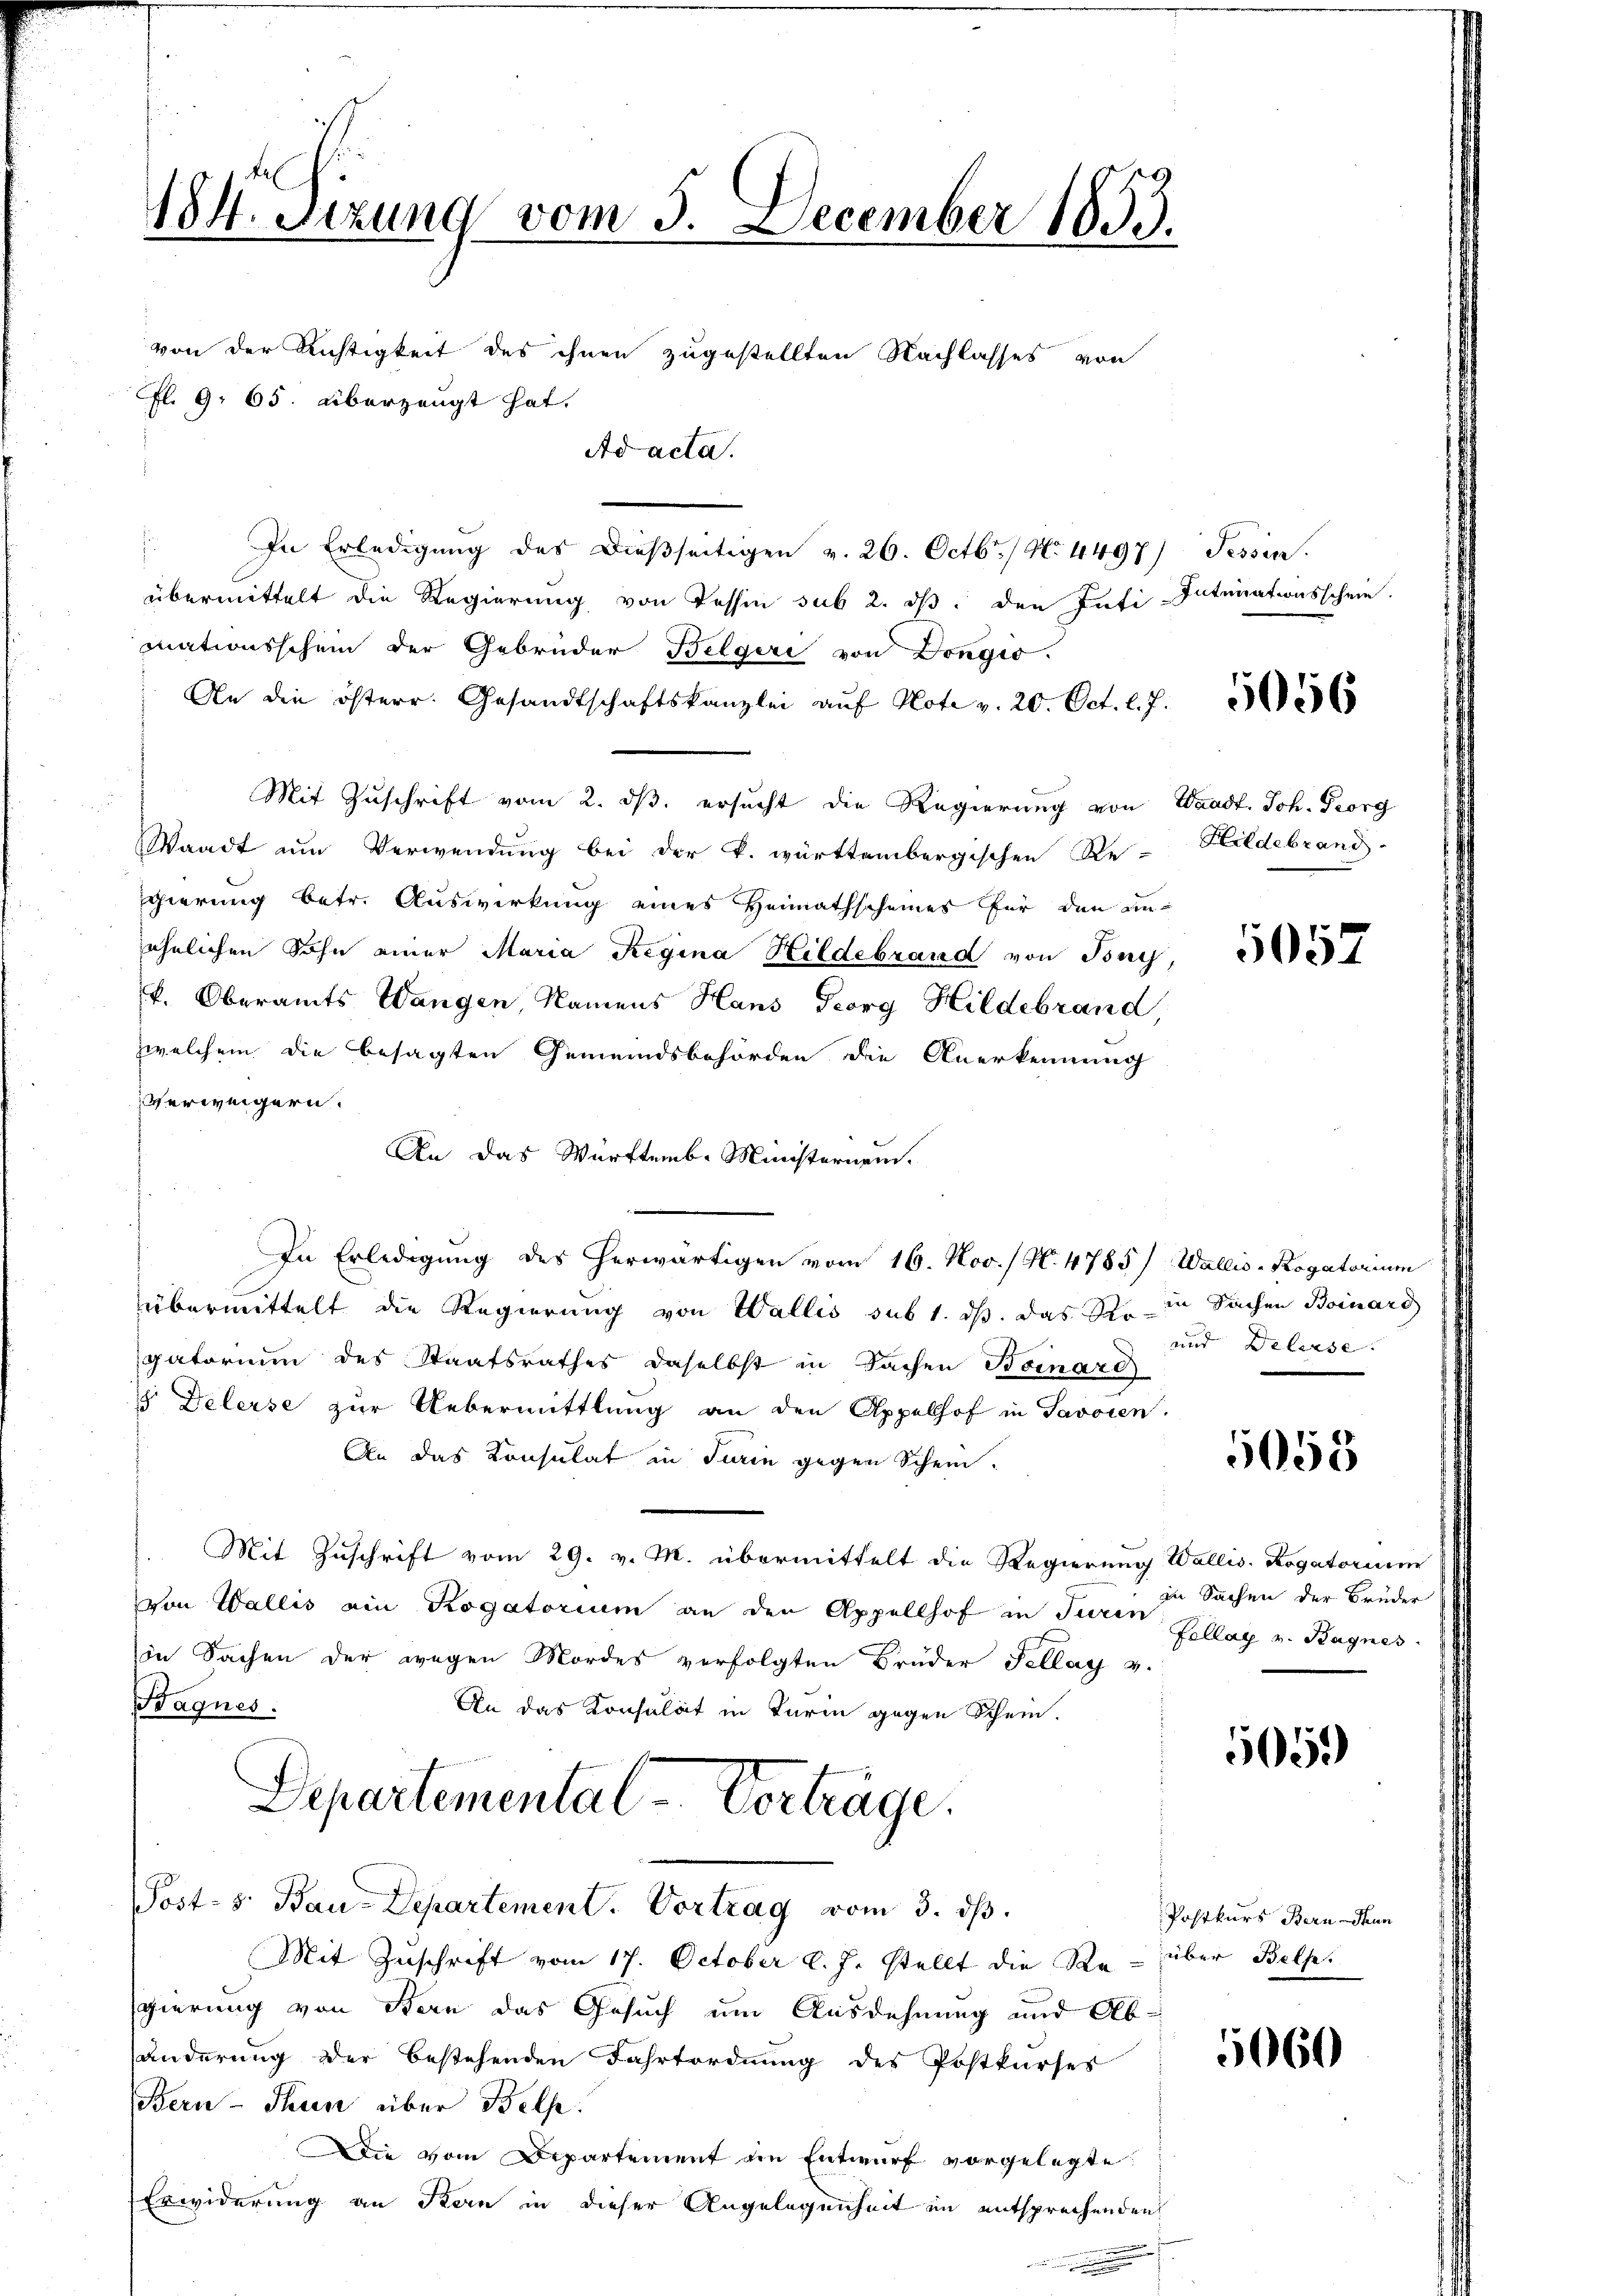
184. Sizung vom 5. December 1833.

von der Richtigkeit des ihnen zugestellten Nachlasses von
Fl. 9. 65. überzeugt hat.
Ad acta.

.
In Erledigŭng des Dieβseitigen v. 26. Octbr. / No. 4497) Tessin.
übermittelt die Regierung von Tessin sub 2. ds. den Inti-Intimationsschein.
mationsschein der Gebrüder Belgeri von Dongio.
An die österr. Gesandtschaftskanzlei aŭf Note v. 20. Oct. l. J.
Mit Zuschrift vom 2. ds. ersucht die Regierung von Waadt. Joh. Georg
Waadt um Verwendung bei der k. württembergischen Re-
gierung betr. Auswirkung eines Heimathscheines für den ansähnlichen Sohn einer Maria Regina Hildebrand von Buch,
k. Oberamts Wangen, Namens Haus Georg Hildebrand,
zwelchem die besagten Gemeindsbehörden die Anerkennung
Verweigern.
An das Württemb. Ministernen.
In Erledigung des herwärtigen vom 16. Nov. / N. 4785/ Wallis - Rogatorium
übermittelt die Regierung von Wallis sub 1. ds. das St. in Sachen Boinars
gatorium des Staatsrathes daselbst in Sachen Boinare
5 Delerse zur Uebermittlung an den Appelhof in Savoren.
An das Konsulat in Turin gegen Schein.
Mit Zuschrift vom 29. v. M. übermittelt die Regierung Wallis. Rogatorium
von Wallis ein Rogatorium an den Appellhof in der Sachen der Brüder
in Sachen der wegen Mordes verfolgten Brüder Fellay v.
Bagnes.
An das Konsulat in Turin gegen Schein.
Departemental-Verträge.
Post- 8. Bau-Departement. Vortrag vom 3. dβ.
Mit Zuschrift vom 17. October l. J. stellt die Re- über Bels.
gierung von Bern das Gesuch um Ausdehnung und Abänderung der bestehenden Fahrtordnung des Postkurses
Bern - Thun über Belle:
Die vom Departement am Entwurf vorgelegte.
Erwiderung an Bern in dieser Angelegenheit im entsprechenden
e

5056

Hildebrand

057

und Delasse. |

5055

Fellay v. Hagnes.

5050

Postkurs Bern Thun

5060